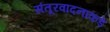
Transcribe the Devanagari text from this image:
संतूरवादनाकडे